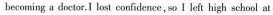
becoming a doctor,I lost confidence, so I left high school at